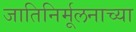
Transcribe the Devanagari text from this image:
जातिनिर्मूलनाच्या